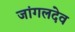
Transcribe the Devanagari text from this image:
जांगलदेव